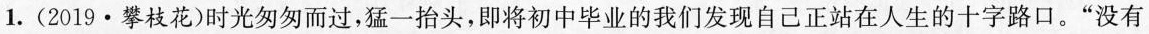
1.(2019·攀枝花)时光匆匆而过，猛一抬头，即将初中毕业的我们发现自己正站在人生的十字路口。”没有